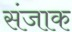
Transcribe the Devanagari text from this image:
संजाक